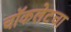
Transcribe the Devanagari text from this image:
चॉकलेटचा